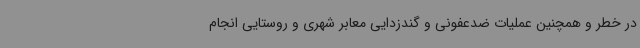
در خطر و همچنین عملیات ضدعفونی و گندزدایی معابر شهری و روستایی انجام